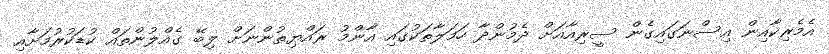
އެމެރިކާއިން އިސްނަގައިގެން ސީރިއާއަށް ދެމުންދާ ހަމަލާތަކުގައި އާންމު ރައްޔިތުންނަށް ލިބޭ ގެއްލުންތައް ކުޑަކުރުމަށާއި